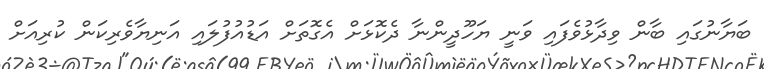
ބަޔާނުގައި ބާން ވިދާޅުވެފައި ވަނީ ޔަހޫދީންނާ ދެކޮޅަށް އެގޮތަށް އަޑުއުފުލައި އަނިޔާވެރިކަން ކުރިއަށް